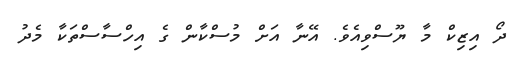
ދޯ އިޒިކް މާ ޔޫސްވިއެވެ. އޭނާ އަށް މުސްކާން ގެ އިހްސާސްތަކާ މެދު